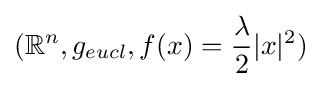
(\mathbb {R} ^{n},g_{eucl},f(x)={\frac {\lambda }{2}}|x|^{2})